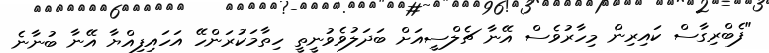
"ފެބްރިގާސް ކައިރިން މިހާރުވެސް އޭނާ ޗެލްސީއަށް ބަދަލުވެވުނީތީ ހިތާމަކުރަންހޭ އަހައިފިއްޔާ އޭނާ ބުނާނެ